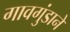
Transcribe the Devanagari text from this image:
गावगुंडाने